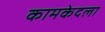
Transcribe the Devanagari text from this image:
कामकेदला